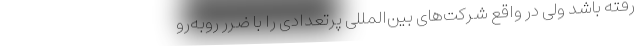
رفته باشد ولی در واقع شرکت‌های بین‌المللی پرتعدادی را با ضرر روبه‌رو